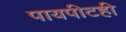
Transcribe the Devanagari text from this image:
पायपीटही